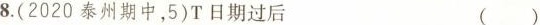
8.(2020泰州期中，5)T日期过后 ( )